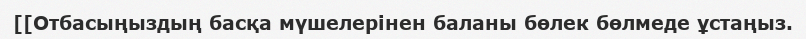
[[Отбасыңыздың басқа мүшелерінен баланы бөлек бөлмеде ұстаңыз.